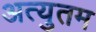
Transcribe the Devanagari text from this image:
अत्युतम